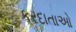
કરદાતાઓ